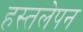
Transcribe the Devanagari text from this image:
हस्तलेपन